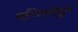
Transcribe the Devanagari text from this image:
मणिपद्मेहुम